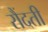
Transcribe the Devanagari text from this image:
रौंदती